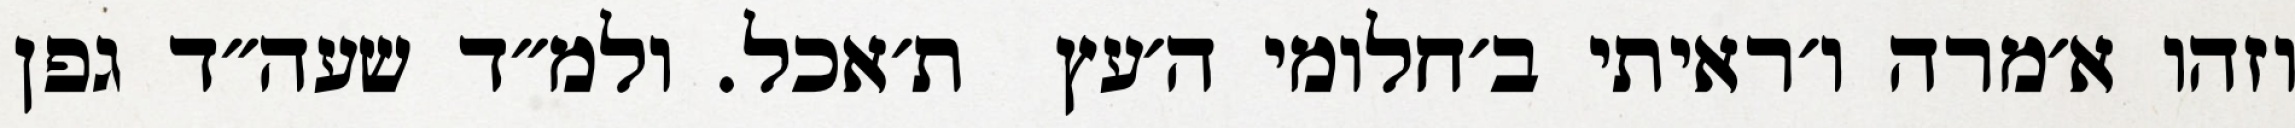
וזהו א׳מרה ו׳ראיתי ב׳חלומי ה׳עץ  ת׳אכל. ולמ״ד שעה״ד גפן